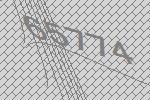
65774